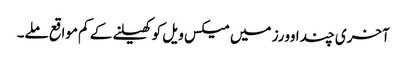
آخری چند اوورز میں میکس ویل کو کھیلنے کے کم مواقع ملے۔